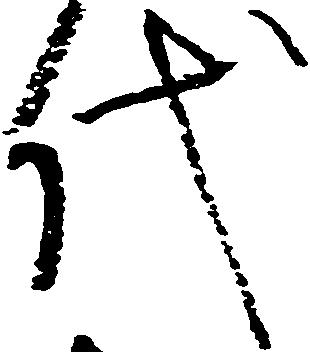
代